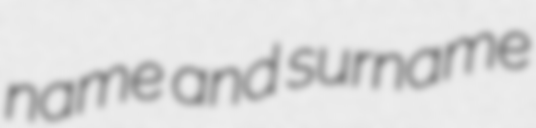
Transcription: name and surname